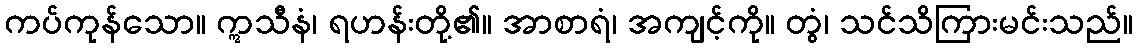
ကပ်ကုန်သော။ ဣသီနံ၊ ရဟန်းတို့၏။ အာစာရံ၊ အကျင့်ကို။ တွံ၊ သင်သိကြားမင်းသည်။